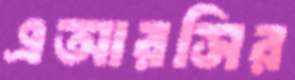
এআরসির